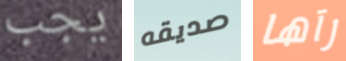
يجب صديقه رآها